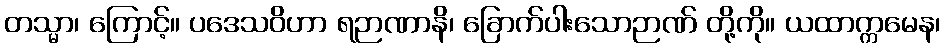
တသ္မာ၊ ကြောင့်။ ပဒေသဝိဟာ ရဉာဏာနိ၊ ခြောက်ပါးသောဉာဏ် တို့ကို။ ယထာက္ကမေန၊